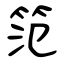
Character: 笵